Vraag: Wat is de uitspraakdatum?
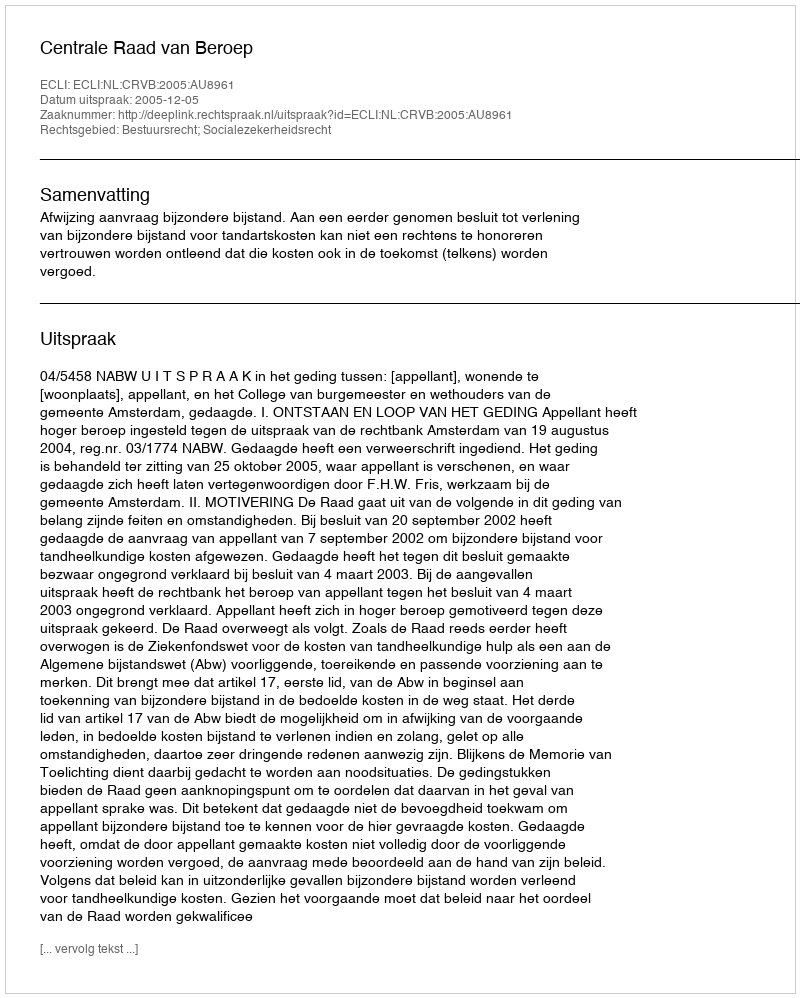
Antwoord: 2005-12-05